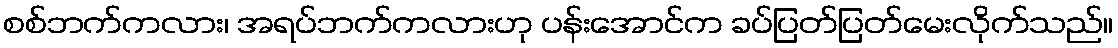
စစ်ဘက်ကလား၊ အရပ်ဘက်ကလားဟု ပန်းအောင်က ခပ်ပြတ်ပြတ်မေးလိုက်သည်။